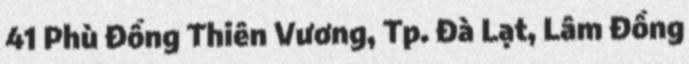
41 Phù Đổng Thiên Vương, Tp. Đà Lạt, Lâm Đồng